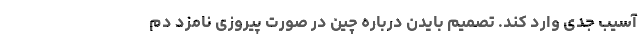
آسیب جدی وارد کند. تصمیم بایدن درباره چین در صورت پیروزی نامزد دم